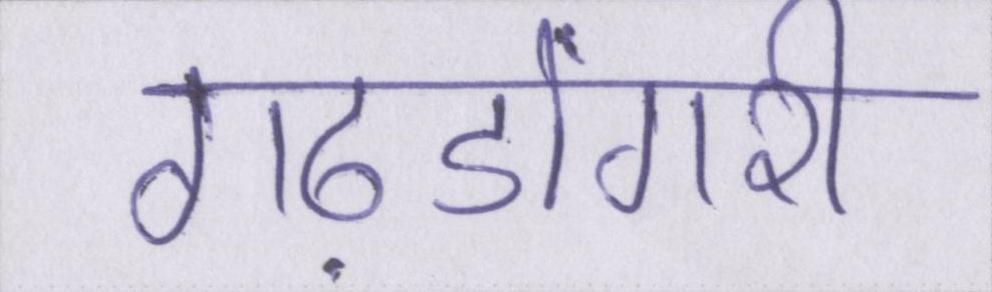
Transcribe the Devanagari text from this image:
गढ़डोंगरी